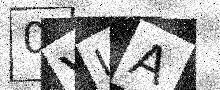
Text: 0VIA